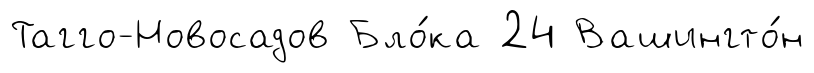
Тагго-Новосадов Бло́ка 24 Вашингто́н